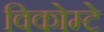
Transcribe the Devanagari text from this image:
विकोम्‍टे